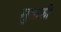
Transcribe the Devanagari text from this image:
मुक्तकी